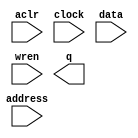
// megafunction wizard: %RAM: 1-PORT%VBB%
// GENERATION: STANDARD
// VERSION: WM1.0
// MODULE: altsyncram 

// ============================================================
// Megafunction Name(s):
// 			altsyncram
//
// Simulation Library Files(s):
// 			altera_mf
// ============================================================
// ************************************************************
// THIS IS A WIZARD-GENERATED FILE. DO NOT EDIT THIS FILE!
//
// 16.0.0 Build 211 04/27/2016 SJ Standard Edition
// ************************************************************

//Copyright (C) 1991-2016 Altera Corporation. All rights reserved.
//Your use of Altera Corporation's design tools, logic functions 
//and other software and tools, and its AMPP partner logic 
//functions, and any output files from any of the foregoing 
//(including device programming or simulation files), and any 
//associated documentation or information are expressly subject 
//to the terms and conditions of the Altera Program License 
//Subscription Agreement, the Altera Quartus Prime License Agreement,
//the Altera MegaCore Function License Agreement, or other 
//applicable license agreement, including, without limitation, 
//that your use is for the sole purpose of programming logic 
//devices manufactured by Altera and sold by Altera or its 
//authorized distributors.  Please refer to the applicable 
//agreement for further details.

module vga_data (
	aclr,
	address,
	clock,
	data,
	wren,
	q);

	input	  aclr;
	input	[18:0]  address;
	input	  clock;
	input	[7:0]  data;
	input	  wren;
	output	[7:0]  q;
`ifndef ALTERA_RESERVED_QIS
// synopsys translate_off
`endif
	tri0	  aclr;
	tri1	  clock;
`ifndef ALTERA_RESERVED_QIS
// synopsys translate_on
`endif

endmodule

// ============================================================
// CNX file retrieval info
// ============================================================
// Retrieval info: PRIVATE: ADDRESSSTALL_A NUMERIC "0"
// Retrieval info: PRIVATE: AclrAddr NUMERIC "0"
// Retrieval info: PRIVATE: AclrByte NUMERIC "0"
// Retrieval info: PRIVATE: AclrData NUMERIC "0"
// Retrieval info: PRIVATE: AclrOutput NUMERIC "1"
// Retrieval info: PRIVATE: BYTE_ENABLE NUMERIC "0"
// Retrieval info: PRIVATE: BYTE_SIZE NUMERIC "8"
// Retrieval info: PRIVATE: BlankMemory NUMERIC "0"
// Retrieval info: PRIVATE: CLOCK_ENABLE_INPUT_A NUMERIC "0"
// Retrieval info: PRIVATE: CLOCK_ENABLE_OUTPUT_A NUMERIC "0"
// Retrieval info: PRIVATE: Clken NUMERIC "0"
// Retrieval info: PRIVATE: DataBusSeparated NUMERIC "1"
// Retrieval info: PRIVATE: IMPLEMENT_IN_LES NUMERIC "0"
// Retrieval info: PRIVATE: INIT_FILE_LAYOUT STRING "PORT_A"
// Retrieval info: PRIVATE: INIT_TO_SIM_X NUMERIC "0"
// Retrieval info: PRIVATE: INTENDED_DEVICE_FAMILY STRING "Cyclone IV E"
// Retrieval info: PRIVATE: JTAG_ENABLED NUMERIC "0"
// Retrieval info: PRIVATE: JTAG_ID STRING "NONE"
// Retrieval info: PRIVATE: MAXIMUM_DEPTH NUMERIC "0"
// Retrieval info: PRIVATE: MIFfilename STRING "game_screen.mif"
// Retrieval info: PRIVATE: NUMWORDS_A NUMERIC "307200"
// Retrieval info: PRIVATE: RAM_BLOCK_TYPE NUMERIC "0"
// Retrieval info: PRIVATE: READ_DURING_WRITE_MODE_PORT_A NUMERIC "3"
// Retrieval info: PRIVATE: RegAddr NUMERIC "1"
// Retrieval info: PRIVATE: RegData NUMERIC "1"
// Retrieval info: PRIVATE: RegOutput NUMERIC "1"
// Retrieval info: PRIVATE: SYNTH_WRAPPER_GEN_POSTFIX STRING "0"
// Retrieval info: PRIVATE: SingleClock NUMERIC "1"
// Retrieval info: PRIVATE: UseDQRAM NUMERIC "1"
// Retrieval info: PRIVATE: WRCONTROL_ACLR_A NUMERIC "0"
// Retrieval info: PRIVATE: WidthAddr NUMERIC "19"
// Retrieval info: PRIVATE: WidthData NUMERIC "8"
// Retrieval info: PRIVATE: rden NUMERIC "0"
// Retrieval info: LIBRARY: altera_mf altera_mf.altera_mf_components.all
// Retrieval info: CONSTANT: CLOCK_ENABLE_INPUT_A STRING "BYPASS"
// Retrieval info: CONSTANT: CLOCK_ENABLE_OUTPUT_A STRING "BYPASS"
// Retrieval info: CONSTANT: INIT_FILE STRING "game_screen.mif"
// Retrieval info: CONSTANT: INTENDED_DEVICE_FAMILY STRING "Cyclone IV E"
// Retrieval info: CONSTANT: LPM_HINT STRING "ENABLE_RUNTIME_MOD=NO"
// Retrieval info: CONSTANT: LPM_TYPE STRING "altsyncram"
// Retrieval info: CONSTANT: NUMWORDS_A NUMERIC "307200"
// Retrieval info: CONSTANT: OPERATION_MODE STRING "SINGLE_PORT"
// Retrieval info: CONSTANT: OUTDATA_ACLR_A STRING "CLEAR0"
// Retrieval info: CONSTANT: OUTDATA_REG_A STRING "CLOCK0"
// Retrieval info: CONSTANT: POWER_UP_UNINITIALIZED STRING "FALSE"
// Retrieval info: CONSTANT: READ_DURING_WRITE_MODE_PORT_A STRING "NEW_DATA_NO_NBE_READ"
// Retrieval info: CONSTANT: WIDTHAD_A NUMERIC "19"
// Retrieval info: CONSTANT: WIDTH_A NUMERIC "8"
// Retrieval info: CONSTANT: WIDTH_BYTEENA_A NUMERIC "1"
// Retrieval info: USED_PORT: aclr 0 0 0 0 INPUT GND "aclr"
// Retrieval info: USED_PORT: address 0 0 19 0 INPUT NODEFVAL "address[18..0]"
// Retrieval info: USED_PORT: clock 0 0 0 0 INPUT VCC "clock"
// Retrieval info: USED_PORT: data 0 0 8 0 INPUT NODEFVAL "data[7..0]"
// Retrieval info: USED_PORT: q 0 0 8 0 OUTPUT NODEFVAL "q[7..0]"
// Retrieval info: USED_PORT: wren 0 0 0 0 INPUT NODEFVAL "wren"
// Retrieval info: CONNECT: @aclr0 0 0 0 0 aclr 0 0 0 0
// Retrieval info: CONNECT: @address_a 0 0 19 0 address 0 0 19 0
// Retrieval info: CONNECT: @clock0 0 0 0 0 clock 0 0 0 0
// Retrieval info: CONNECT: @data_a 0 0 8 0 data 0 0 8 0
// Retrieval info: CONNECT: @wren_a 0 0 0 0 wren 0 0 0 0
// Retrieval info: CONNECT: q 0 0 8 0 @q_a 0 0 8 0
// Retrieval info: GEN_FILE: TYPE_NORMAL vga_data.v TRUE
// Retrieval info: GEN_FILE: TYPE_NORMAL vga_data.inc FALSE
// Retrieval info: GEN_FILE: TYPE_NORMAL vga_data.cmp FALSE
// Retrieval info: GEN_FILE: TYPE_NORMAL vga_data.bsf FALSE
// Retrieval info: GEN_FILE: TYPE_NORMAL vga_data_inst.v FALSE
// Retrieval info: GEN_FILE: TYPE_NORMAL vga_data_bb.v TRUE
// Retrieval info: LIB_FILE: altera_mf